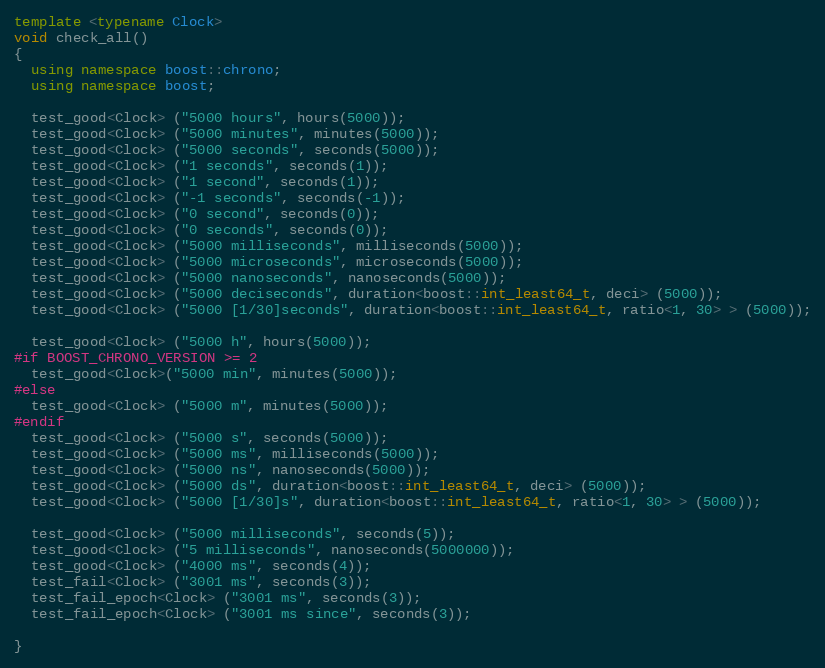
Language: C++
template <typename Clock>
void check_all()
{
  using namespace boost::chrono;
  using namespace boost;

  test_good<Clock> ("5000 hours", hours(5000));
  test_good<Clock> ("5000 minutes", minutes(5000));
  test_good<Clock> ("5000 seconds", seconds(5000));
  test_good<Clock> ("1 seconds", seconds(1));
  test_good<Clock> ("1 second", seconds(1));
  test_good<Clock> ("-1 seconds", seconds(-1));
  test_good<Clock> ("0 second", seconds(0));
  test_good<Clock> ("0 seconds", seconds(0));
  test_good<Clock> ("5000 milliseconds", milliseconds(5000));
  test_good<Clock> ("5000 microseconds", microseconds(5000));
  test_good<Clock> ("5000 nanoseconds", nanoseconds(5000));
  test_good<Clock> ("5000 deciseconds", duration<boost::int_least64_t, deci> (5000));
  test_good<Clock> ("5000 [1/30]seconds", duration<boost::int_least64_t, ratio<1, 30> > (5000));

  test_good<Clock> ("5000 h", hours(5000));
#if BOOST_CHRONO_VERSION >= 2
  test_good<Clock>("5000 min", minutes(5000));
#else
  test_good<Clock> ("5000 m", minutes(5000));
#endif
  test_good<Clock> ("5000 s", seconds(5000));
  test_good<Clock> ("5000 ms", milliseconds(5000));
  test_good<Clock> ("5000 ns", nanoseconds(5000));
  test_good<Clock> ("5000 ds", duration<boost::int_least64_t, deci> (5000));
  test_good<Clock> ("5000 [1/30]s", duration<boost::int_least64_t, ratio<1, 30> > (5000));

  test_good<Clock> ("5000 milliseconds", seconds(5));
  test_good<Clock> ("5 milliseconds", nanoseconds(5000000));
  test_good<Clock> ("4000 ms", seconds(4));
  test_fail<Clock> ("3001 ms", seconds(3));
  test_fail_epoch<Clock> ("3001 ms", seconds(3));
  test_fail_epoch<Clock> ("3001 ms since", seconds(3));

}